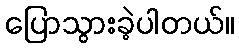
ပြောသွားခဲ့ပါတယ်။